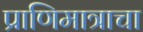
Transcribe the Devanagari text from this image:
प्राणिमात्राचा